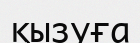
қызуға